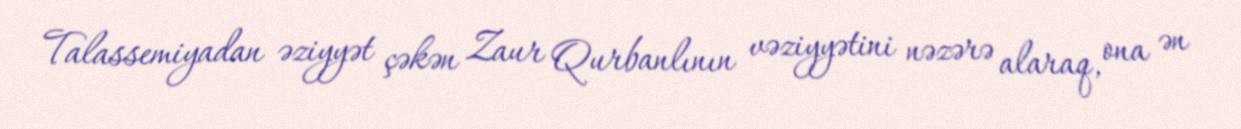
Talassemiyadan əziyyət çəkən Zaur Qurbanlının vəziyyətini nəzərə alaraq, ona ən